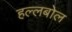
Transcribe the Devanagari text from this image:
हल्लबोल